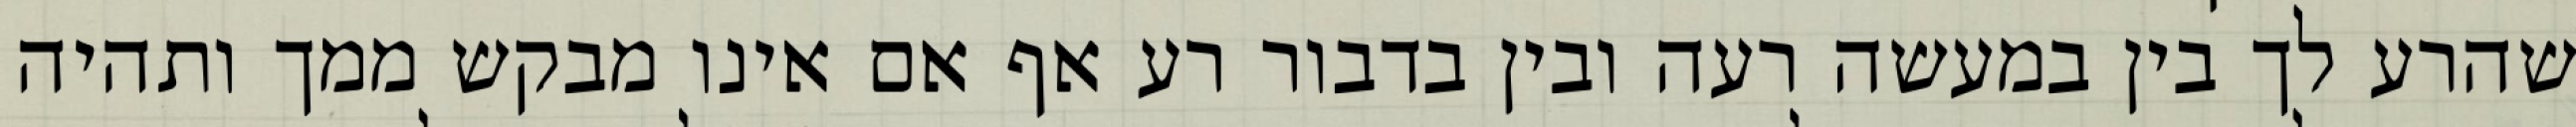
שהרע לך בין במעשה רעה ובין בדבור רע אף אם אינו מבקש ממך ותהיה